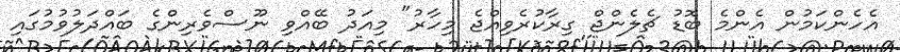
އެހެންކަމުން އެންމެ ބޮޑު ޗެލެންޖް ގިރާކުރެވިއްޖެ މިހާރު" މިއަދު ބޭއްވި ނޫސްވެރިންގެ ބައްދަލުވުމުގައި